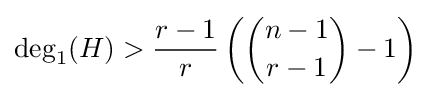
\deg _{1}(H)>{\frac {r-1}{r}}\left({{\binom {n-1}{r-1}}-1}\right)